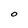
Character: o